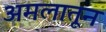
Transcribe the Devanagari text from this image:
अमलातून